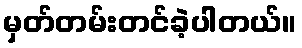
မှတ်တမ်းတင်ခဲ့ပါတယ်။